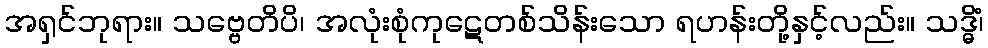
အရှင်ဘုရား။ သဗ္ဗေတိပိ၊ အလုံးစုံကုဋေတစ်သိန်းသော ရဟန်းတို့နှင့်လည်း။ သဒ္ဓိံ၊